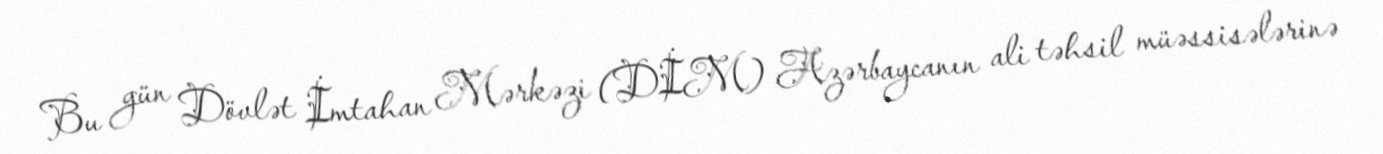
Bu gün Dövlət İmtahan Mərkəzi (DİM) Azərbaycanın ali təhsil müəssisələrinə